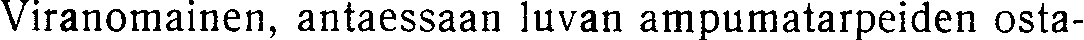
Viranomainen, antaessaan luvan ampumatarpeiden osta-